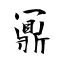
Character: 鼏